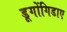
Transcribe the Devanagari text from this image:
डूगोंगिडाए